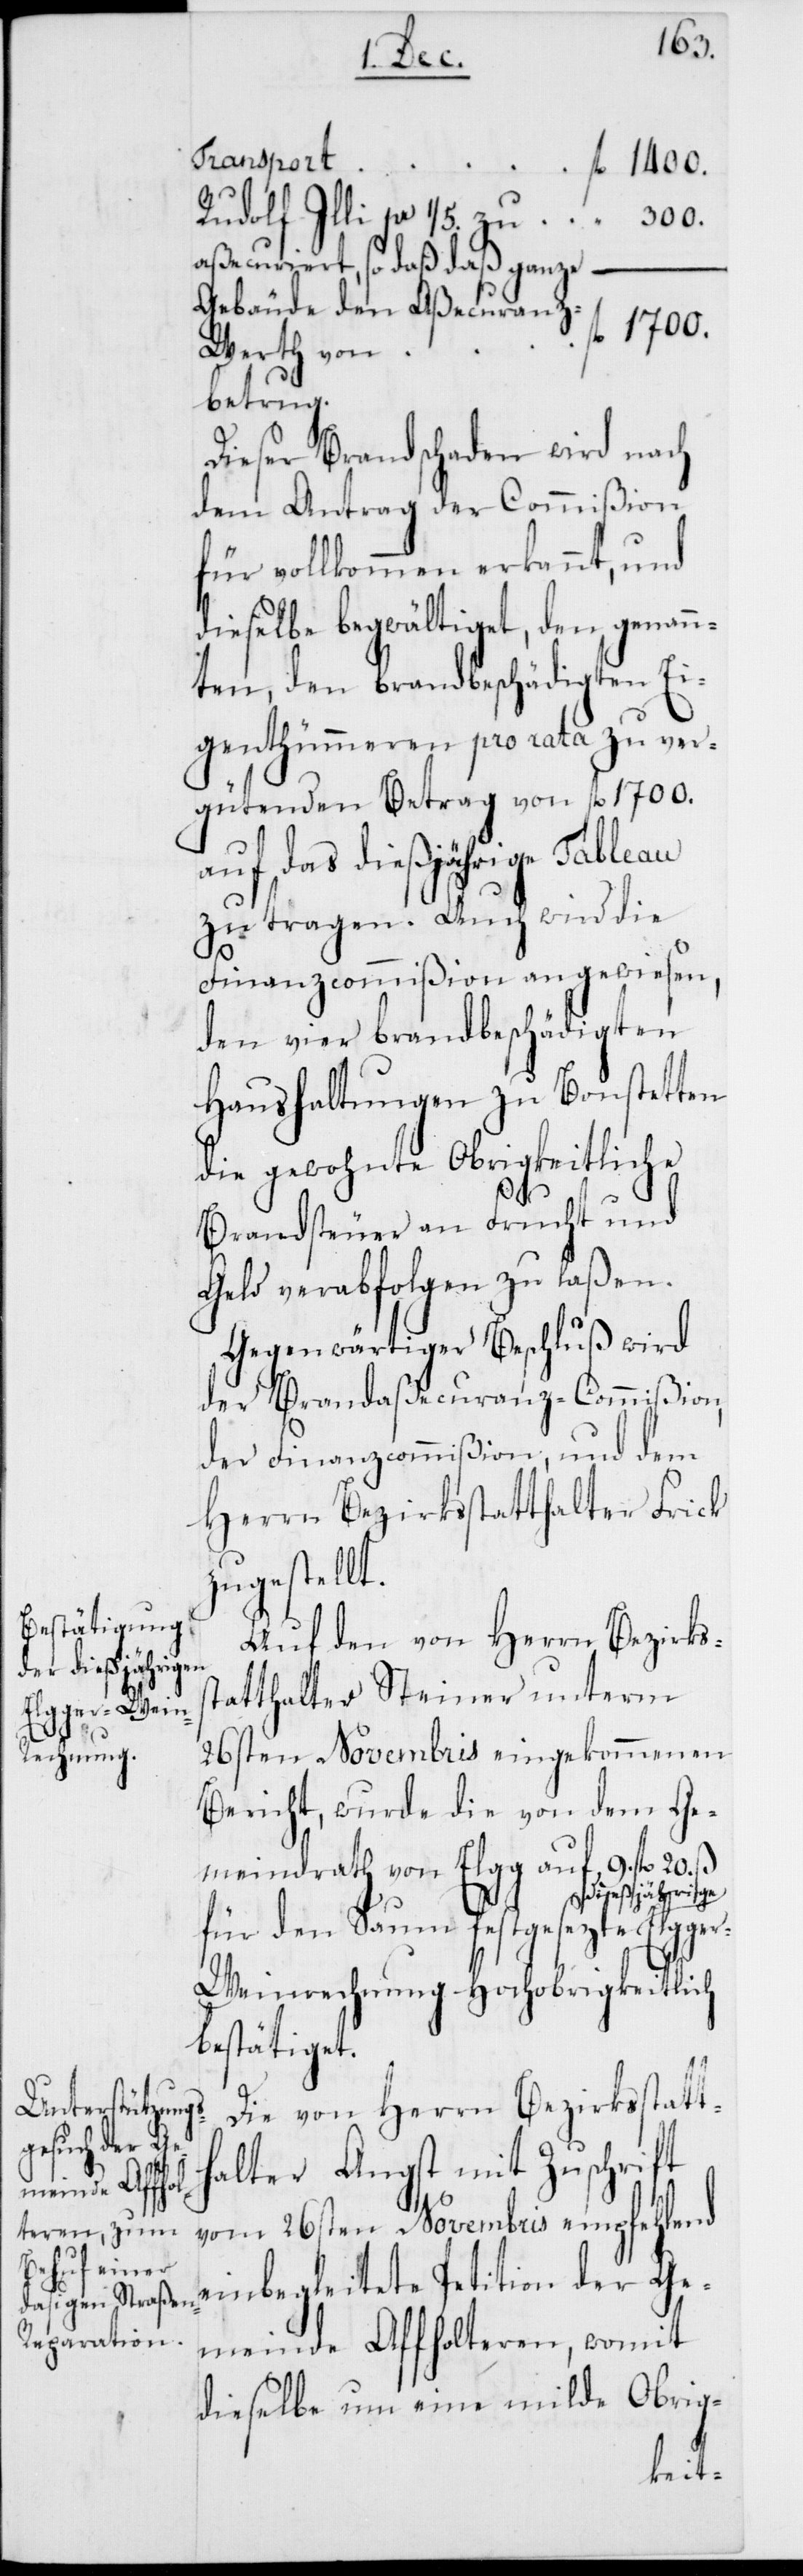
te dießjährige
Elgger-We¬

s¬
Rudolf Illi per 1/5. zu
aßecuriert, so daß das ganze
Gebäude den Aßecuranz-W¬
erth von
betrug.
Dieser Brandschaden wird nach
dem Antrag der Commißion
für vollkommen erkannt, und
dieselbe begwältiget, den genan¬
nten, den brandbeschädigten Ei¬
genthümmeren pro rata zu ver¬
gütenden Betrag von fl. 1700.
auf das dießjährige Tableau
zu tragen. Auch wird die
Finanzcommißion angewiesen,
den vier brandbeschädigten
Haushaltungen zu Bonstetten
die gewohnte Obrigkeitliche
Brandsteuer an Frucht und
Geld verabfolgen zu laßen.
Gegenwärtiger Beschluß wird
der Brandaßecuranz-Commißion,
der Finanzcommißion, und dem
Herrn Bezirksstatthalter Frick
zugestellt.
Auf den von Herrn Bezirks¬
tatthalter Steiner unterm
26sten Novembris eingekommenen
Bericht, wurde die von dem Ge¬
meindrath von Elgg auf 9. fl. 20. ß
für den Saum festgesez¬
inrechnung Hochobrigkeitlich
bestätiget.
Die von dem Herrn Bezirksstatt¬
halter Angst mit Zuschrift
vom 26sten Novembris empfehlend
einbegleitete Petition der Ge¬
meinde Affholteren, womit
dieselbe um eine milde Obrig-